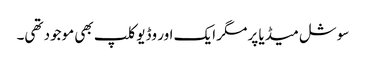
سوشل میڈیا پر مگر ایک اور وڈیو کلپ بھی موجود تھی۔